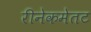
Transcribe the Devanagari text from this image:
रीनेकमेतट